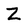
Character: Z